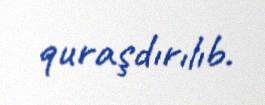
quraşdırılıb.